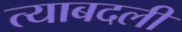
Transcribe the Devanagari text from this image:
त्याबदली